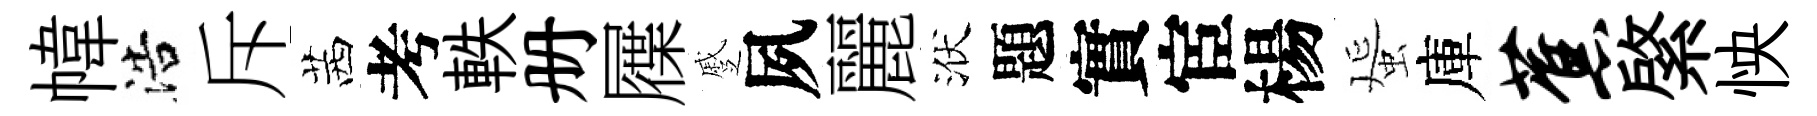
幃浩斥茜考軼册屧蹙夙麗洑題實宦楊蜑庫蕉綮怏